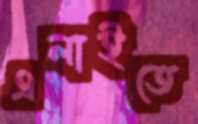
এলাইতে